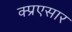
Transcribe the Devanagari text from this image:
क्प्रएसार